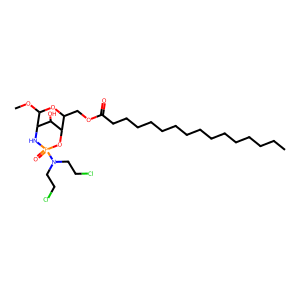
SMILES: CCCCCCCCCCCCCCCC(=O)OCC1OC(OC)C2NP(=O)(N(CCCl)CCCl)OC1C2O
Inhibits HIV replication: No